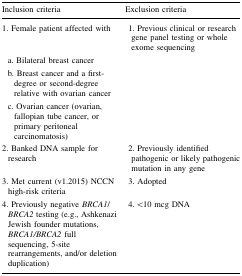
<table><thead><tr><td><b>Inclusion criteria</b></td><td><b>Exclusion criteria</b></td></tr></thead><tbody><tr><td>1. Female patient affected with</td><td> 1. Previous clinical or research gene panel testing or whole exome sequencing</td></tr><tr><td> a. Bilateral breast cancer</td><td></td></tr><tr><td> b. Breast cancer and a first-degree or second-degree relative with ovarian cancer</td><td></td></tr><tr><td> c. Ovarian cancer (ovarian, fallopian tube cancer, or primary peritoneal carcinomatosis)</td><td></td></tr><tr><td>2. Banked DNA sample for research</td><td> 2. Previously identified pathogenic or likely pathogenic mutation in any gene</td></tr><tr><td>3. Met current (v1.2015) NCCN high-risk criteria</td><td> 3. Adopted</td></tr><tr><td>4. Previously negative <i>BRCA1</i>/<i>BRCA2</i> testing (e.g., Ashkenazi Jewish founder mutations, <i>BRCA1/BRCA2</i> full sequencing, 5-site rearrangements, and/or deletion duplication)</td><td> 4. &lt;10 mcg DNA</td></tr></tbody></table>